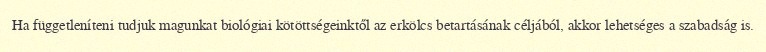
Ha függetleníteni tudjuk magunkat biológiai kötöttségeinktől az erkölcs betartásának céljából, akkor lehetséges a szabadság is.